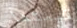
قيمتها